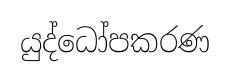
යුද්ධෝපකරණ